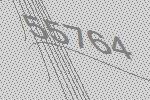
55764